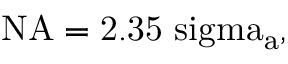
\mathrm { { N A } = 2 . 3 5 \ s i g m a _ { a } , }